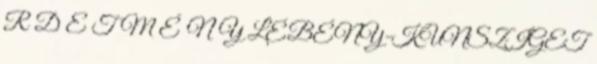
R D E T M É N Y LÉBÉNY-KUNSZIGET